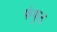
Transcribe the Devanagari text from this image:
फंफूद